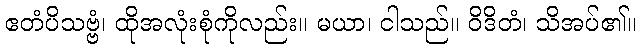
ဧတံပိသဗ္ဗံ၊ ထိုအလုံးစုံကိုလည်း။ မယာ၊ ငါသည်။ ဝိဒိတံ၊ သိအပ်၏။